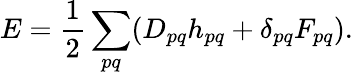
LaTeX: E=\frac{1}{2}\sum_{pq}(D_{pq}h_{pq}+\delta_{pq}F_{pq}).